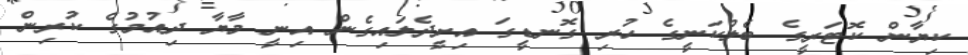
ކިޔާން ކޮޓަރީގެ ބެލްކަނީގެ ހުރި ގޮނޑީގަ އިށީދެލައިގެން އިނީ މާޔާ ދިއުމުގެ ކުރިން